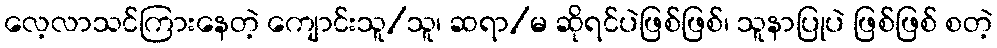
လေ့လာသင်ကြားနေတဲ့ ကျောင်းသူ/သူ၊ ဆရာ/မ ဆိုရင်ပဲဖြစ်ဖြစ်၊ သူနာပြုပဲ ဖြစ်ဖြစ် စတဲ့